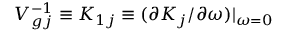
V _ { g j } ^ { - 1 } \equiv K _ { 1 j } \equiv ( \partial K _ { j } / \partial \omega ) | _ { \omega = 0 }